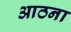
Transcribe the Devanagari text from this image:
आठना